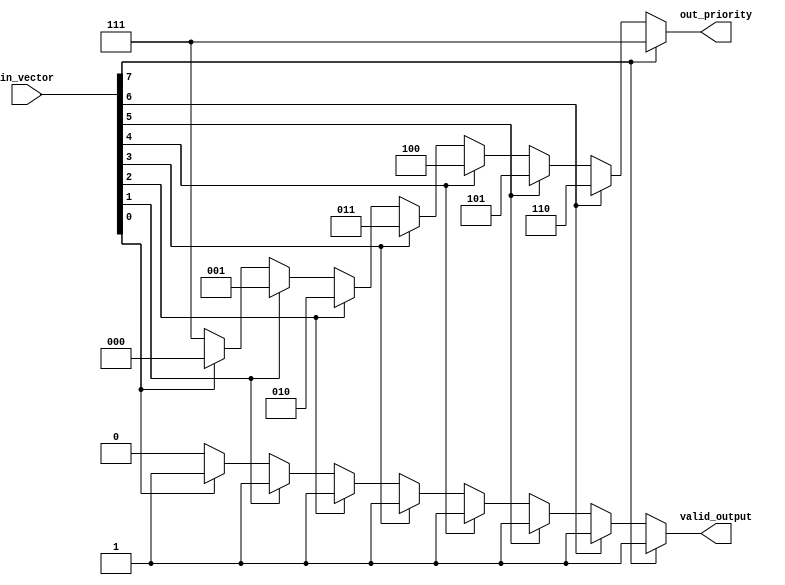
module coding_test_2(in_vector , out_priority, valid_output);
input wire [7:0] in_vector;
output reg [2:0] out_priority;
output reg valid_output;
// Task to implement the priority encoder logic
task priority_encoder_task;
input [7:0] in_vector_task;
output reg [2:0] out_priority_task;
output reg valid_output_task;
// For , for loop iteration
integer i;
begin
    // Initialize to lowest priority
    out_priority_task = 3'b111; 
    // Initialize to invalid output
    valid_output_task = 0; 
    for (i = 0; i < 8; i = i + 1) 
    begin
        if (in_vector_task[i] == 1'b1) 
        begin
            // Update priority
            out_priority_task = i; 
            // Set valid output
            valid_output_task = 1;  
        end
    end
end
endtask

  // To call the task and assign inputs always
  // To map top module inputs to task inputs
  always@(*)
  begin
    priority_encoder_task(in_vector, out_priority, valid_output);
  end

endmodule